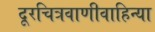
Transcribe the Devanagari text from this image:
दूरचित्रवाणीवाहिन्या